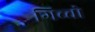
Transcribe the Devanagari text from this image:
गिच्चो